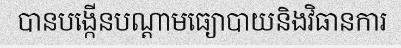
បានបង្កើនបណ្តាមធ្យោបាយនិងវិធានការ